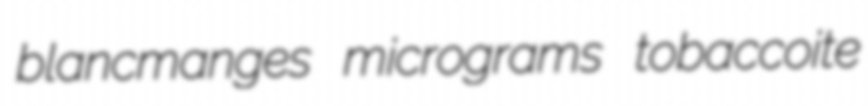
blancmanges micrograms tobaccoite